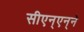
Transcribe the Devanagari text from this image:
सीएन्‌एन्‌ने